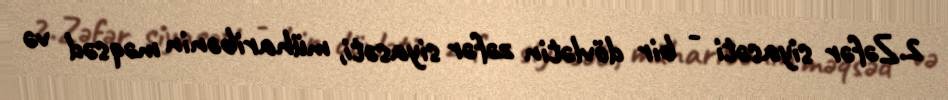
2.Zəfər siyasəti - bir dövlətin zəfər siyasəti, müharibənin məqsəd və